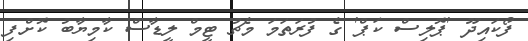
ފޯކައިދޫ 'ޕޮލިސް ކަޕް' ގެ ފުރަތަމަ މެޗު ޓީމް ލީޑާސް ކާމިޔާބު ކޮށްފި